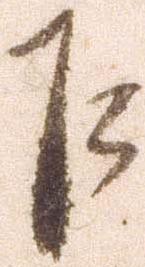
乍